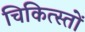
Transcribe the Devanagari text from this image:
चिकित्स्तों